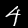
Label: 4